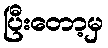
ပြီးတော့မှ